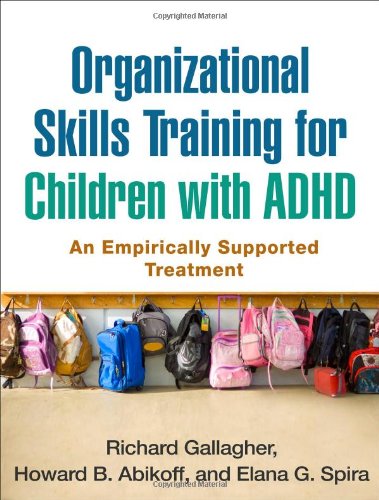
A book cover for Organizational Skills Training for Children with ADHD: An Empirically Supported Treatment; Richard Gallagher PhD; Health, Fitness & Dieting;